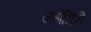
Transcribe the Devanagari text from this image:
जहाँगिरी